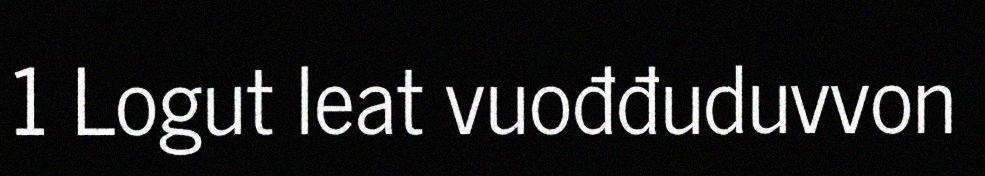
1 Logut leat vuođđuduvvon